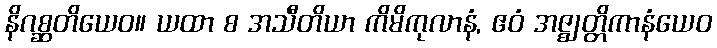
နိဂစ္ဆတိယေဝ။ ယထာ စ အသီတိယာ ကိမိကုလာနံ, ဧဝံ အဇ္ဈတ္တိကာနံယေဝ